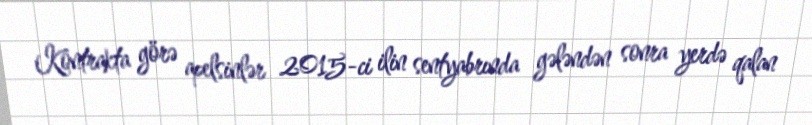
Kontrakta görə apelsinlər 2015-ci ilin sentyabrında gələndən sonra yerdə qalan